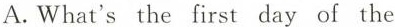
A.What's the first day of the